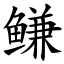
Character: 鳒